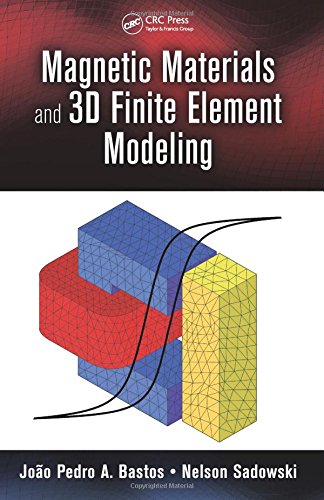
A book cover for Magnetic Materials and 3D Finite Element Modeling; JoÃ£o Pedro A. Bastos; Science & Math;